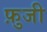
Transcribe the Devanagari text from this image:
फ़ुजी